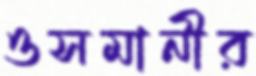
ওসমানীর